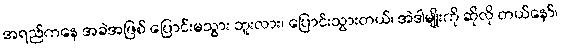
အရည်ကနေ အခဲအဖြစ် ပြောင်းမသွား ဘူးလား၊ ပြောင်းသွားတယ်၊ အဲဒါမျိုးကို ဆိုလို တယ်နော်၊